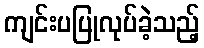
ကျင်းပပြုလုပ်ခဲ့သည့်